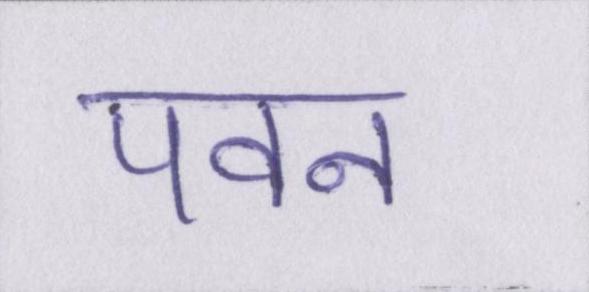
पवन